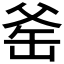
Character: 𪺛